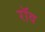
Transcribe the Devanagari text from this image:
रॉव